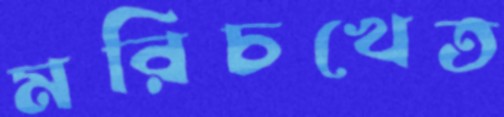
মরিচখেত